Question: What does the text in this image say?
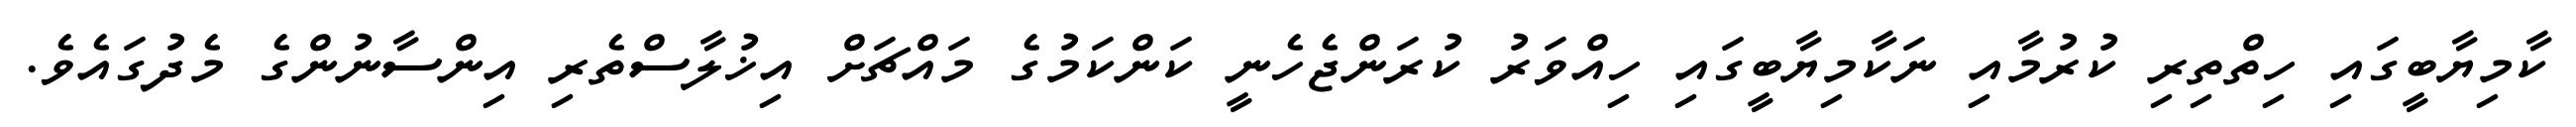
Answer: ކާމިޔާބީގައި ހިތްތިރި ކުރުމާއި ނަކާމިޔާބީގައި ހިއްވަރު ކުރަންޖެހެނީ ކަންކަމުގެ މައްޗަށް އިޚުލާސްތެރި އިންސާނުންގެ މެދުގައެވެ.